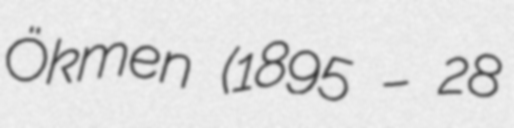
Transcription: Ökmen (1895 – 28